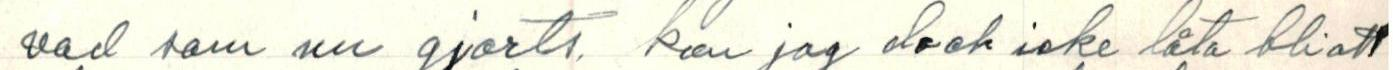
vad som nu gjorts. kan jag dock icke låta bli att